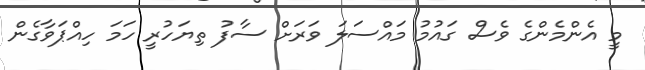
މީ އެންމެންގެ ވެސް ގައުމު މައްސަލަ ވަރަށް ސާފު ތިޔަހުރީ ހަމަ ހިއްޕަވާގެން